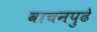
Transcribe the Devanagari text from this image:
वाचनपुढे